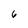
Character: 6